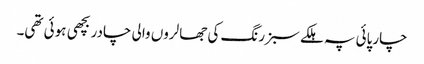
چارپائی پہ ہلکے سبز رنگ کی جھالروں والی چادر بچھی ہوئی تھی۔